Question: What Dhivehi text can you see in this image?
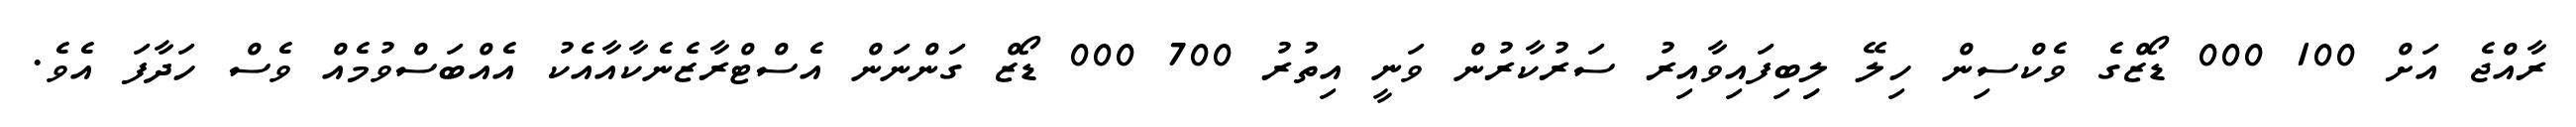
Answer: ރާއްޖެ އަށް 100 000 ޑޯޒްގެ ވެކްސިން ހިލޭ ލިިބިފައިވާއިރު ސަރުކާރުން ވަނީ އިތުރު 700 000 ޑޯޒް ގަންނަން އެސްޓްރާޒެނެކާއާއެކު އެއްބަސްވުމެއް ވެސް ހަދާފަ އެވެ.